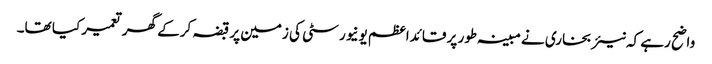
واضح رہے کہ نیئر بخاری نے مبینہ طور پر قائداعظم یونیورسٹی کی زمین پر قبضہ کرکے گھر تعمیر کیا تھا۔